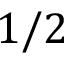
1 / 2